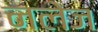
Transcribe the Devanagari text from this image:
नलेज